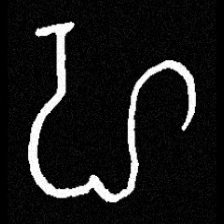
Pyu character \u2014 Myanmar letter: ဟ (romanized: ha)